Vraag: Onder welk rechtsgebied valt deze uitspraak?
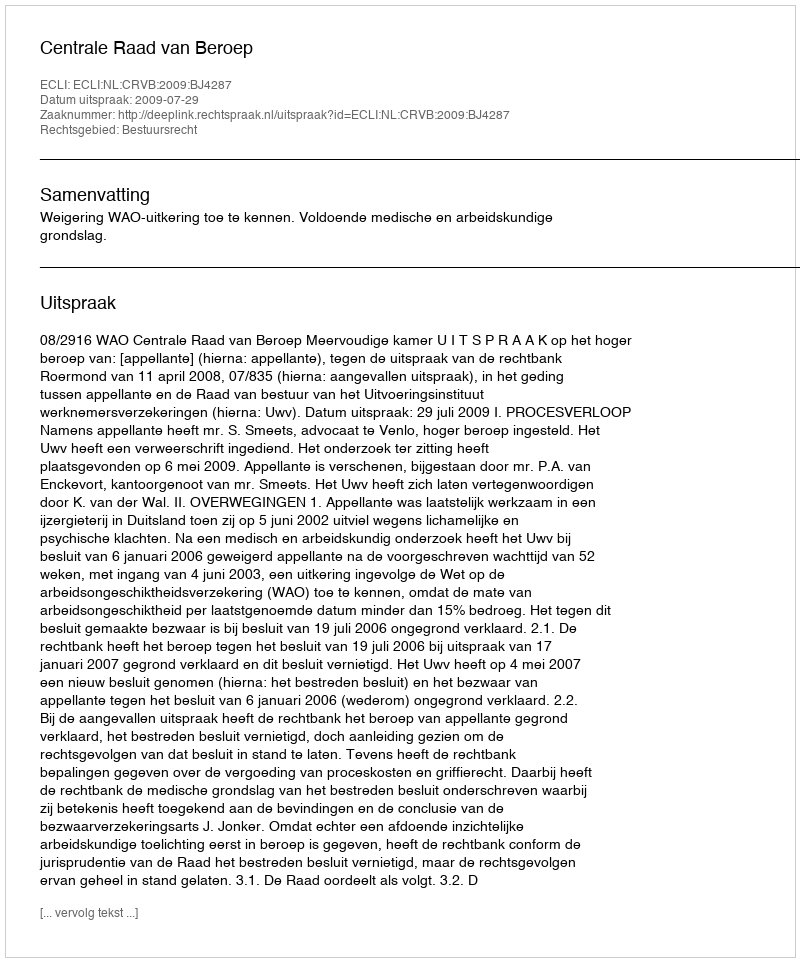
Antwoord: Bestuursrecht